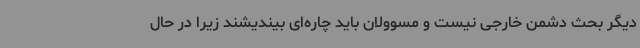
دیگر بحث دشمن خارجی نیست و مسوولان باید چاره‌ای بیندیشند زیرا در حال